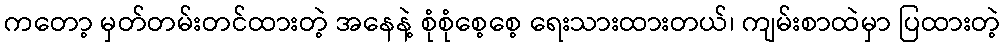
ကတော့ မှတ်တမ်းတင်ထားတဲ့ အနေနဲ့ စုံစုံစေ့စေ့ ရေးသားထားတယ်၊ ကျမ်းစာထဲမှာ ပြထားတဲ့